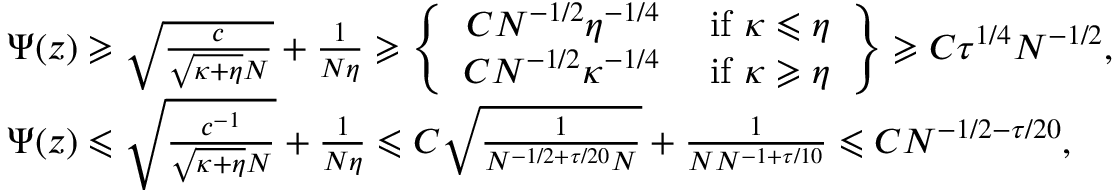
\begin{array} { r l } & { \Psi ( z ) \geqslant \sqrt { \frac { c } { \sqrt { \kappa + \eta } N } } + \frac { 1 } { N \eta } \geqslant \left\{ \begin{array} { r l } { C N ^ { - 1 / 2 } \eta ^ { - 1 / 4 } } & { \mathrm { ~ i f ~ } \kappa \leqslant \eta } \\ { C N ^ { - 1 / 2 } \kappa ^ { - 1 / 4 } } & { \mathrm { ~ i f ~ } \kappa \geqslant \eta } \end{array} \right\} \geqslant C \tau ^ { 1 / 4 } N ^ { - 1 / 2 } , } \\ & { \Psi ( z ) \leqslant \sqrt { \frac { c ^ { - 1 } } { \sqrt { \kappa + \eta } N } } + \frac { 1 } { N \eta } \leqslant C \sqrt { \frac { 1 } { N ^ { - 1 / 2 + \tau / 2 0 } N } } + \frac { 1 } { N N ^ { - 1 + \tau / 1 0 } } \leqslant C N ^ { - 1 / 2 - \tau / 2 0 } , } \end{array}